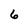
Character: 6